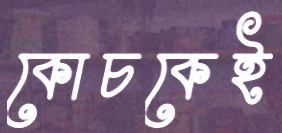
কোচকেই